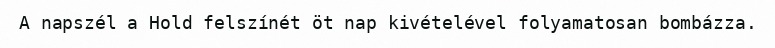
A napszél a Hold felszínét öt nap kivételével folyamatosan bombázza.